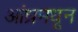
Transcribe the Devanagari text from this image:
आंध्रमधून